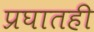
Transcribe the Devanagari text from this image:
प्रघातही